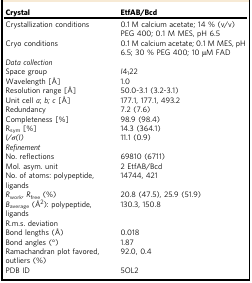
<table><thead><tr><td><b>Crystal</b></td><td><b>EtfAB/Bcd</b></td></tr></thead><tbody><tr><td>Crystallization conditions</td><td>0.1 M calcium acetate; 14 % (v/v) PEG 400; 0.1 M MES, pH 6.5</td></tr><tr><td>Cryo conditions</td><td>0.1 M calcium acetate; 0.1 M MES, pH 6.5; 30 % PEG 400; 10 μM FAD</td></tr><tr><td colspan="2"><i>Data collection</i></td></tr><tr><td>Space group</td><td><i>I</i>4<sub>1</sub>22</td></tr><tr><td>Wavelength [Å]</td><td>1.0</td></tr><tr><td>Resolution range [Å]</td><td>50.0-3.1 (3.2-3.1)</td></tr><tr><td>Unit cell <i>a</i>; <i>b; c</i> [Å]</td><td>177.1, 177.1, 493.2</td></tr><tr><td>Redundancy</td><td>7.2 (7.6)</td></tr><tr><td>Completeness [%]</td><td>98.9 (98.4)</td></tr><tr><td>R<sub>sym</sub> [%]</td><td>14.3 (364.1)</td></tr><tr><td><i>I/σ(I)</i></td><td>11.1 (0.9)</td></tr><tr><td colspan="2"><i>Refinement</i></td></tr><tr><td>No. reflections</td><td>69810 (6711)</td></tr><tr><td>Mol. asym. unit</td><td>2 EtfAB/Bcd</td></tr><tr><td>No. of atoms: polypeptide, ligands</td><td>14744, 421</td></tr><tr><td><i>R</i><sub>work</sub>, <i>R</i><sub>free</sub> (%)</td><td>20.8 (47.5), 25.9 (51.9)</td></tr><tr><td><i>B</i><sub>average</sub> (Å<sup>2</sup>): polypeptide, ligands</td><td>130.3, 150.8</td></tr><tr><td>R.m.s. deviation</td><td></td></tr><tr><td>Bond lengths (Å)</td><td>0.018</td></tr><tr><td>Bond angles (°)</td><td>1.87</td></tr><tr><td>Ramachandran plot favored, outliers (%)</td><td>92.0, 0.4</td></tr><tr><td>PDB ID</td><td>5OL2</td></tr></tbody></table>